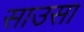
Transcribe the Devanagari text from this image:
साउसा